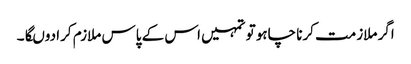
اگر ملازمت کرنا چاہو تو تمہیں اس کے پاس ملازم کرا دوںگا۔